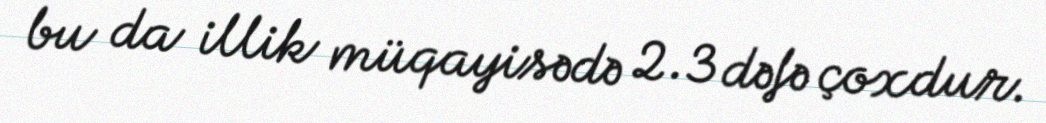
bu da illik müqayisədə 2.3 dəfə çoxdur.